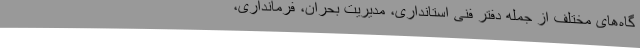
گاه‌های مختلف از جمله دفتر فنی استانداری، مدیریت بحران، فرمانداری،